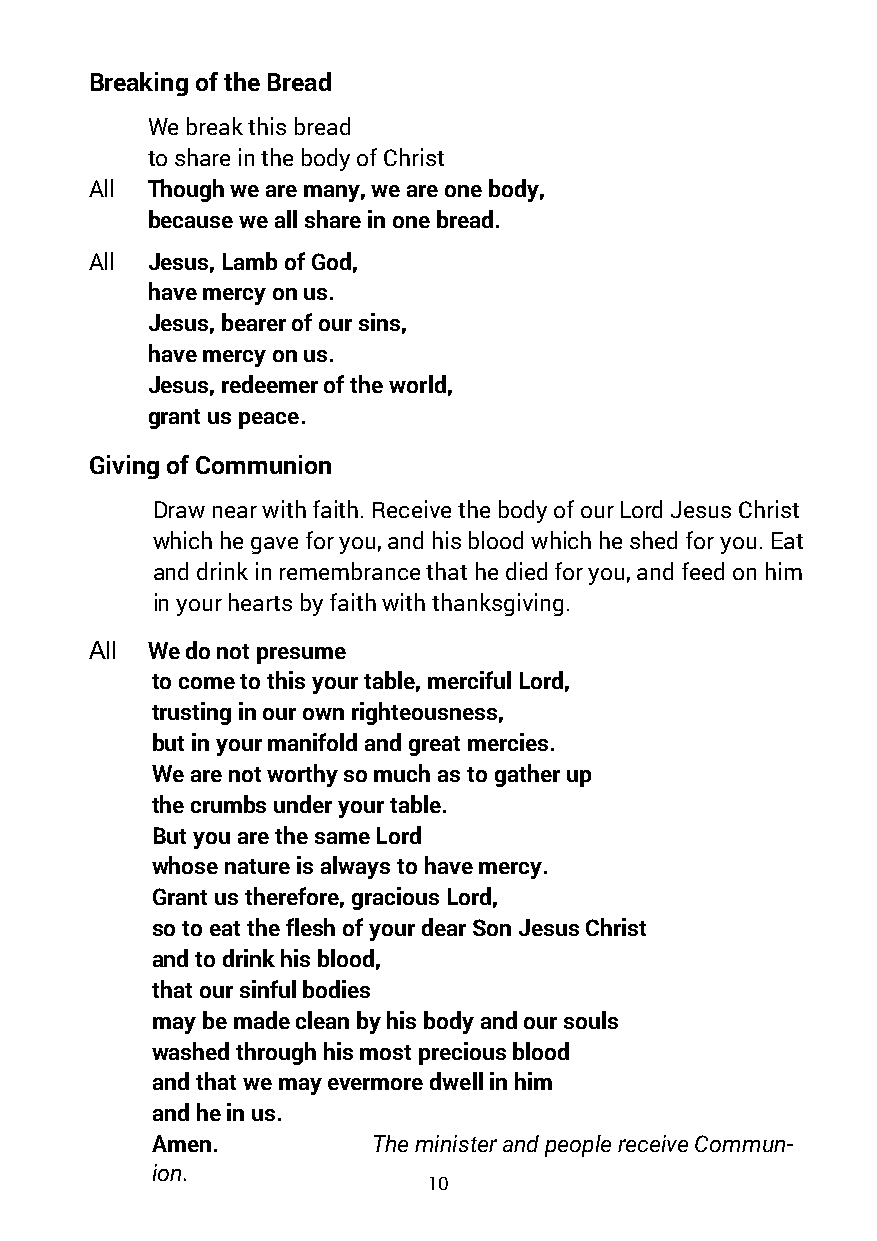
Breaking of the Bread
 We break this bread
 to share in the body of Christ
 All Though we are many, we are one body,
 because we all share in one bread.
 All Jesus, Lamb of God,
 have mercy on us.
 Jesus, bearer of our sins,
 have mercy on us.
 Jesus, redeemer of the world,
 grant us peace.
 Giving of Communion
 Draw near with faith. Receive the body of our Lord Jesus Christ
 which he gave for you, and his blood which he shed for you. Eat
 and drink in remembrance that he died for you, and feed on him
 in your hearts by faith with thanksgiving.
 All We do not presume
 to come to this your table, merciful Lord,
 trusting in our own righteousness,
 but in your manifold and great mercies.
 We are not worthy so much as to gather up
 the crumbs under your table.
 But you are the same Lord
 whose nature is always to have mercy.
 Grant us therefore, gracious Lord,
 so to eat the flesh of your dear Son Jesus Christ
 and to drink his blood,
 that our sinful bodies
 may be made clean by his body and our souls
 washed through his most precious blood
 and that we may evermore dwell in him
 and he in us.
 Amen.          The minister and people receive Commun-
 ion.
 10